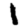
Digit: 1